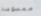
ممسوسة